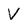
Character: V